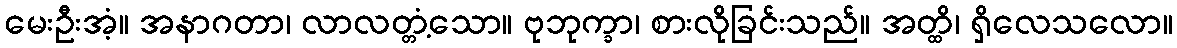
မေးဦးအံ့။ အနာဂတာ၊ လာလတ္တံ့သော။ ဗုဘုက္ခာ၊ စားလိုခြင်းသည်။ အတ္ထိ၊ ရှိလေသလော။